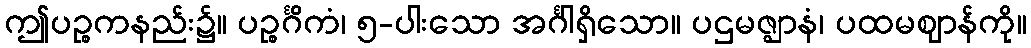
ဤပဉ္စကနည်း၌။ ပဉ္စင်္ဂိကံ၊ ၅-ပါးသော အင်္ဂါရှိသော။ ပဌမဇ္ဈာနံ၊ ပထမဈာန်ကို။